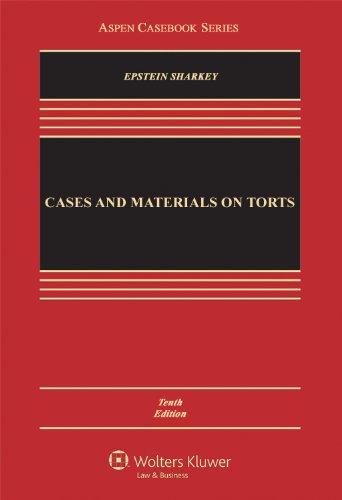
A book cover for Cases and Materials on Torts, Tenth Edition (Aspen Casebooks); Richard A. Epstein; Law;